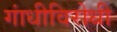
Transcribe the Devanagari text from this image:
गांधीविरोधी